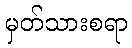
မှတ်သားစရာ